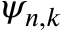
\psi _ { n , k }